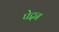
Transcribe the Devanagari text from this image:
पेद्दन